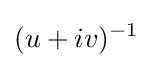
(u+iv)^{-1}